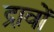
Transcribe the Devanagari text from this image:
द्रावों